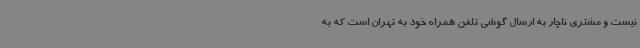
نیست و مشتری ناچار به ارسال گوشی تلفن همراه خود به تهران است که به